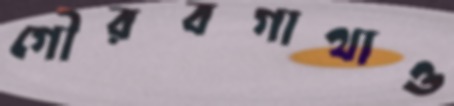
গৌরবগাথাও